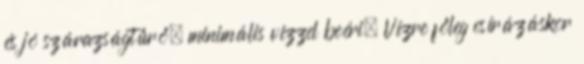
és jó szárazságtűrő, minimális vízzel beéri. Vízre főleg csírázáskor